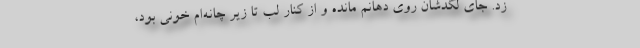
زد. جای لگدشان روی دهانم مانده و از کنار لب تا زیر چانه‌ام خونی بود،